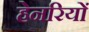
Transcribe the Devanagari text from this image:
हेनरियों